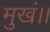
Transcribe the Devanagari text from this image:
मुखं।।